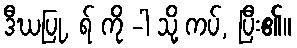
ဒီဃပြု, ရ် ကို -ါ သို့ ကပ်, ပြီး၏။